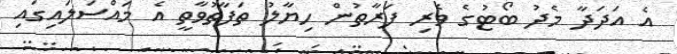
އެ އަދަދާ މެދު ބޯޓުގެ ވެރި ފަރާތުން ހިޔާލު ތަފާތުވާތީ އެ މައްސަލައިގައި